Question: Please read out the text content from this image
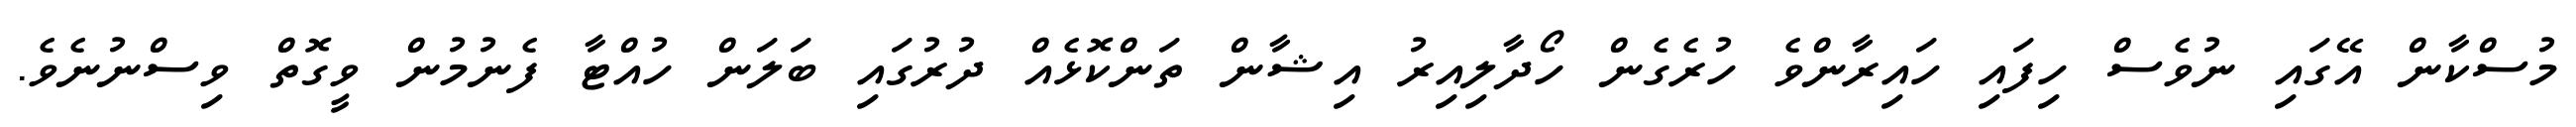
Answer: މުސްކާން އޭގައި ނުވެސް ހިފައި ހައިރާންވެ ހުރެގެން ހޯދާލިއިރު އިޝާން ތަންކޮޅެއް ދުރުގައި ބަލަން ހުއްޓާ ފެނުމުން ވީގޮތް ވިސްނުނެވެ.